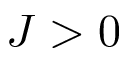
J > 0